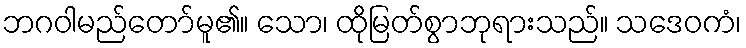
ဘဂဝါမည်တော်မူ၏။ သော၊ ထိုမြတ်စွာဘုရားသည်။ သဒေဝကံ၊